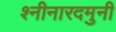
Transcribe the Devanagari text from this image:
श्नीनारदमुनी